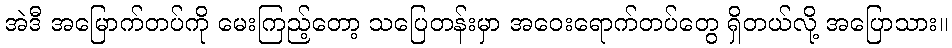
အဲဒီ အမြောက်တပ်ကို မေးကြည့်တော့ သပြေတန်းမှာ အဝေးရောက်တပ်တွေ ရှိတယ်လို့ အပြောသား။